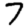
Digit: 7